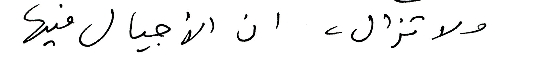
ولا تزال، ان الأجيال فيها